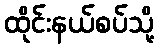
ထိုင်းနယ်စပ်သို့